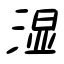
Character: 湿